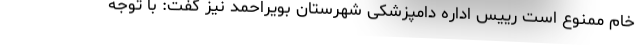
خام ممنوع است رییس اداره دامپزشکی شهرستان بویراحمد نیز گفت: با توجه